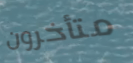
متأخرون